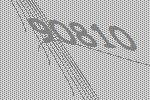
90810